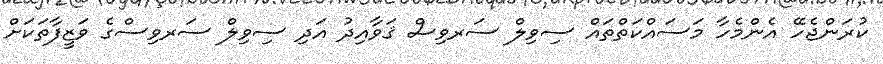
ކުރަންޖެހޭ އެންމެހާ މަސައްކަތްތައް ސިވިލް ސަރވިސް ޤަވާއިދު އަދި ސިވިލް ސަރވިސްގެ ވަޒީފާތަކަށް